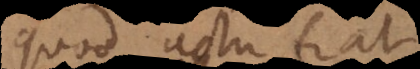
quod actu fiat